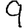
Digit: 9